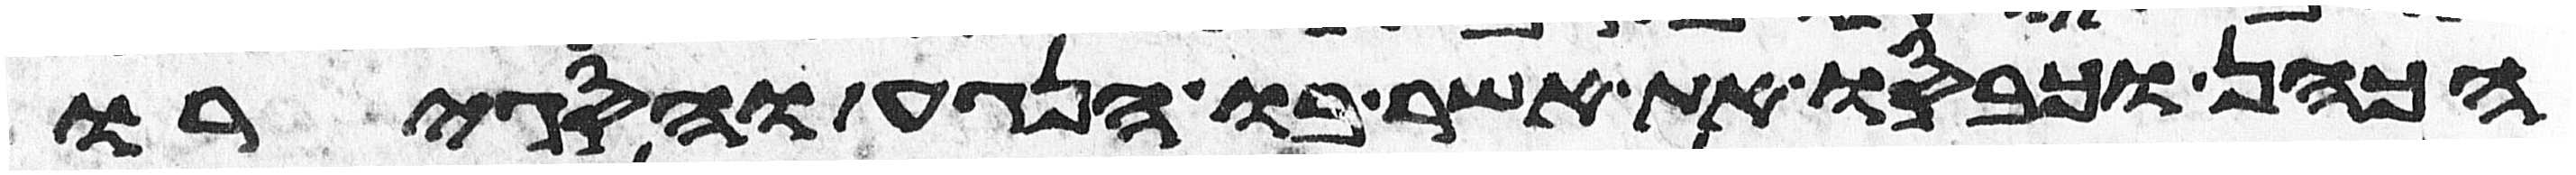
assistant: הכהן וכבסו את אשר בו הנגע והסגירו